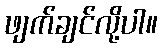
ဖျက်ချင်လို့ပါ။